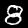
Digit: 8